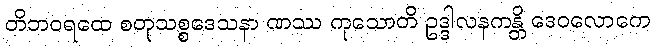
တိဘဝရထေ စတုသစ္စဒေသနာ ဏဿ ကုသောတိ ဥဒ္ဒါလနကန္တိ ဒေဝလောကေ